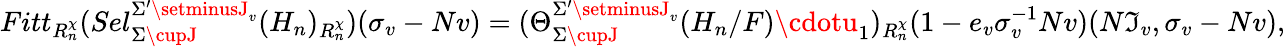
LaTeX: Fitt_{R_{n}^{\chi}}(Sel_{\Sigma\cupJ}^{\Sigma^{\prime}\setminusJ_{v}}(H_{n})_{R_{n}^{\chi}})(\sigma_{v}-Nv)=(\Theta_{\Sigma\cupJ}^{\Sigma^{\prime}\setminusJ_{v}}(H_{n}/F)\cdotu_{1})_{R_{n}^{\chi}}(1-e_{v}\sigma_{v}^{-1}Nv)(N\mathfrak{I}_{v},\sigma_{v}-Nv),